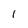
Character: 1